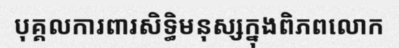
បុគ្គលការពារសិទ្ធិមនុស្សក្នុងពិភពលោក